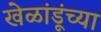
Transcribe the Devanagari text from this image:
खेळांडूंच्या